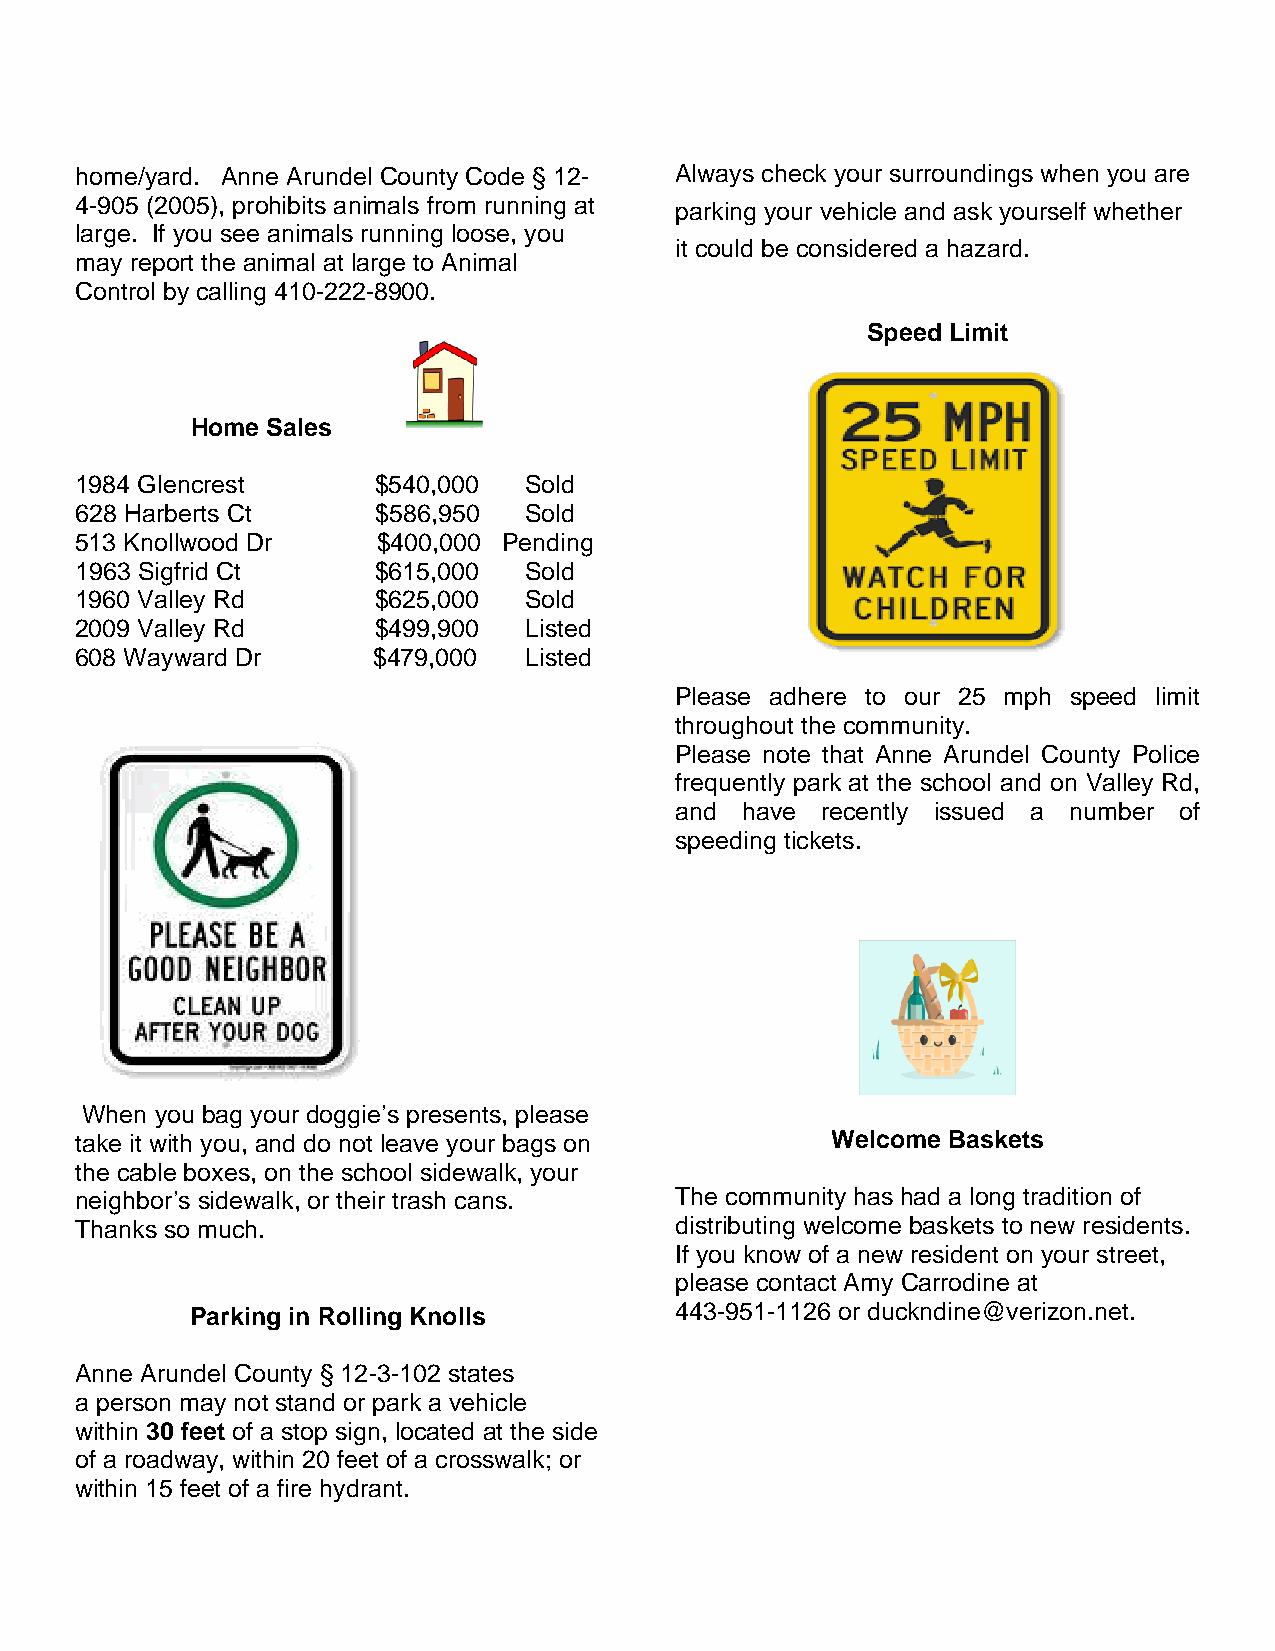
home/yard. Anne Arundel County Code § 12- Always check your surroundings when you are
 4-905 (2005), prohibits animals from running at parking your vehicle and ask yourself whether
 large. If you see animals running loose, you
 it could be considered a hazard.
 may report the animal at large to Animal
 Control by calling 410-222-8900.
 Speed Limit
 Home Sales
 1984 Glencrest      $540,000  Sold
 628 Harberts Ct     $586,950  Sold
 513 Knollwood Dr    $400,000 Pending
 1963 Sigfrid Ct     $615,000  Sold
 1960 Valley Rd      $625,000  Sold
 2009 Valley Rd      $499,900  Listed
 608 Wayward Dr      $479,000  Listed
 Please adhere to our 25 mph speed limit
 throughout the community.
 Please note that Anne Arundel County Police
 frequently park at the school and on Valley Rd,
 and have recently issued a number of
 speeding tickets.
 When you bag your doggie’s presents, please
 take it with you, and do not leave your bags on   Welcome Baskets
 the cable boxes, on the school sidewalk, your
 neighbor’s sidewalk, or their trash cans. The community has had a long tradition of
 Thanks so much.                         distributing welcome baskets to new residents.
 If you know of a new resident on your street,
 please contact Amy Carrodine at
 Parking in Rolling Knolls       443-951-1126 or duckndine@verizon.net.
 Anne Arundel County § 12-3-102 states
 a person may not stand or park a vehicle
 within 30 feet of a stop sign, located at the side
 of a roadway, within 20 feet of a crosswalk; or
 within 15 feet of a fire hydrant.